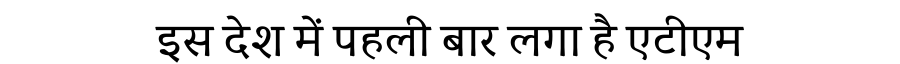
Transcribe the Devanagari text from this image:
इस देश में पहली बार लगा है एटीएम